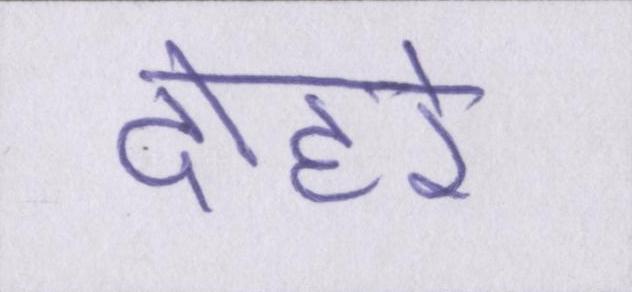
दोहरे